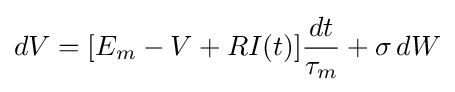
dV=[E_{m}-V+RI(t)]{\frac {dt}{\tau _{m}}}+\sigma \,dW